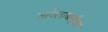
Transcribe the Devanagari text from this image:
सविताबाईंवर